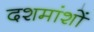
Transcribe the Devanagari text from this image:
दशमांशों